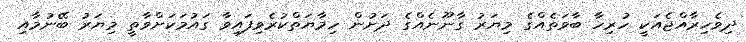
ދިވެހިރާއްޖެއަކީ ހުރިހާ ބާވަތެއްގެ މިޔަރު ގާނޫނެއްގެ ދަށުން ހިމާޔަތްކުރެވިފައިވާ ގައުމަކަށްވާތީ މިޔަރު ބޭނުމާއި